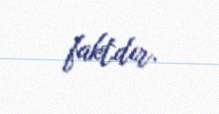
faktdır.